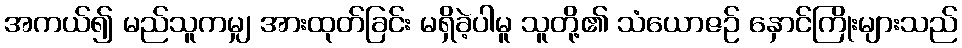
အကယ်၍ မည်သူကမျှ အားထုတ်ခြင်း မရှိခဲ့ပါမူ သူတို့၏ သံယောဇဉ် နှောင်ကြိုးများသည်